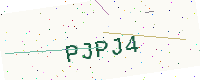
Text: PJPJ4